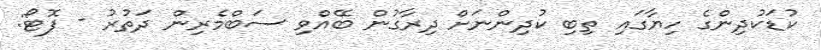
ކުޑަކުދިންގެ ހިޔާގައި ތިބި ކުދިންނަށް ދިރާގުން ބޭއްވި ސަބްމެރިން ދަތުރު - ފޮޓޯ: